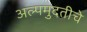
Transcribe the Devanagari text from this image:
अल्पमुदतीचे